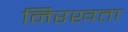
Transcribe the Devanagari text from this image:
निरखता